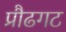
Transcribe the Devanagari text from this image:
प्रौढगट